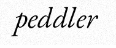
peddler